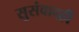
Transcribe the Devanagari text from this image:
सुसंवादही